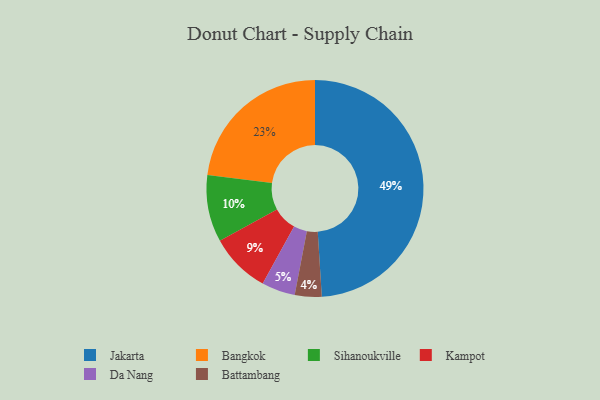
{"axis": {"x": "Category", "y": "Percentage"}, "legend": ["Bangkok", "Battambang", "Da Nang", "Jakarta", "Kampot", "Sihanoukville"], "data": [{"x": "Bangkok", "y": 23, "type": "Bangkok"}, {"x": "Da Nang", "y": 5, "type": "Da Nang"}, {"x": "Sihanoukville", "y": 10, "type": "Sihanoukville"}, {"x": "Kampot", "y": 9, "type": "Kampot"}, {"x": "Battambang", "y": 4, "type": "Battambang"}, {"x": "Jakarta", "y": 49, "type": "Jakarta"}]}